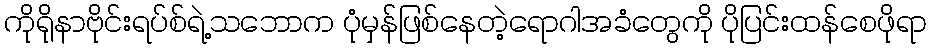
ကိုရိုနာဗိုင်းရပ်စ်ရဲ့သဘောက ပုံမှန်ဖြစ်နေတဲ့ရောဂါအခံတွေကို ပိုပြင်းထန်စေဖိုရာ